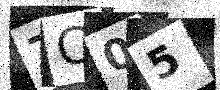
Text: ZC05